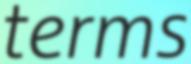
terms